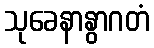
သုခေနာနွာဂတံ